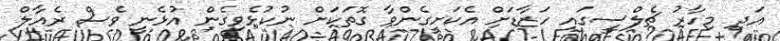
އަދި މިހާރު ޗެލްސީގައި ހަޒާޑަށް އެކަށީގެންވާ ގޮތަކަށް ނުކުޅެވިގެން އުޅެނީ ވެސް ރެއާލް